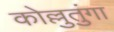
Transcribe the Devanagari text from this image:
कोल्लुतुंगा